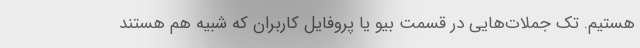
هستیم. تک جملات‌هایی در قسمت بیو یا پروفایل کاربران که شبیه هم هستند